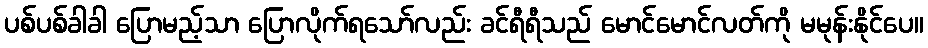
ပစ်ပစ်ခါခါ ပြောမည့်သာ ပြောလိုက်ရသော်လည်း ခင်ရီရီသည် မောင်မောင်လတ်ကို မမုန်းနိုင်ပေ။